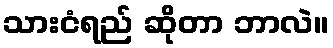
သားငံရည် ဆိုတာ ဘာလဲ။